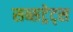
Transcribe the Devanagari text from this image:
सब्सट्रेट्स